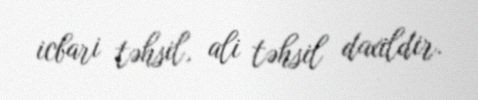
icbari təhsil, ali təhsil daxildir.